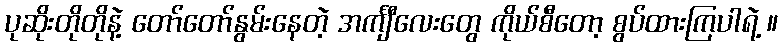
ပုဆိုးတိုတိုနဲ့ တော်တော်နွမ်းနေတဲ့ အင်္ကျီလေးတွေ ကိုယ်စီတော့ စွပ်ထားကြပါရဲ့ ။